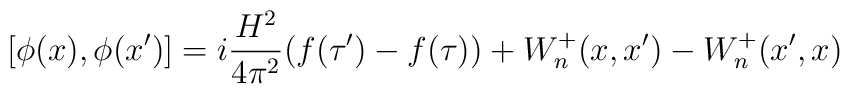
[\phi(x),\phi(x')]=i\frac{H^2}{4 \pi^2}(f(\tau')-f(\tau))+W^+_n(x,x')-W^+_n(x',x)